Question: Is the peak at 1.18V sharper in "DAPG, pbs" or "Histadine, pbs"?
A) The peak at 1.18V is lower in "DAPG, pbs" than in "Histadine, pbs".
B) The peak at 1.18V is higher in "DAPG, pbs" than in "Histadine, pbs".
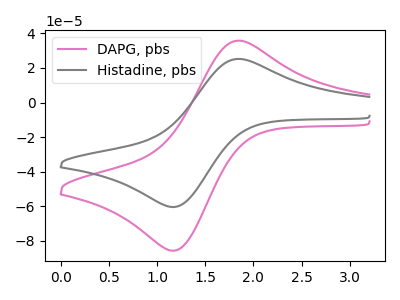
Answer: <think>The pink curve "DAPG, pbs" has an anodic peak at (1.85V, 35.80uA) and a cathodic peak at (1.20V, -85.65uA). The gray curve "Histadine, pbs" has an anodic peak at (1.85V, 25.25uA) and a cathodic peak at (1.20V, -60.40uA).</think>
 <answer>B) The peak at 1.18V is higher in "DAPG, pbs" than in "Histadine, pbs".</answer>
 <eval>B</eval>